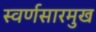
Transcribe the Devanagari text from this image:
स्वर्णसारमुख